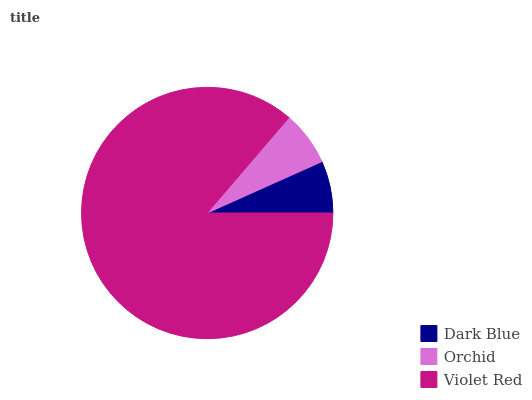
| Dark Blue | Orchid | Violet Red |
 | --- | --- | --- |
 | 6.7% | 7.02% | 86.3% |